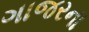
ગાજરના